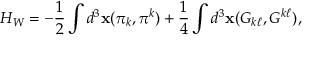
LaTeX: H _ { W } = - \frac { 1 } { 2 } \int d ^ { 3 } { \bf x } ( \pi _ { k } , \pi ^ { k } ) + \frac { 1 } { 4 } \int d ^ { 3 } { \bf x } ( G _ { k \ell } , G ^ { k \ell } ) ,